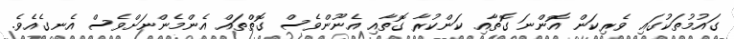
ގައުމުތަކުގައި ވެރިކަން އޮންނަ ގޮތާއި ކަންކުރާ ގޮތާއި އެނޫންވެސް ގޮތްތައް އެންމެންނަށްވެސް އެނގެއެވެ.